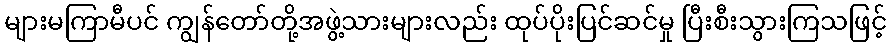
များမကြာမီပင် ကျွန်တော်တို့အဖွဲ့သားများလည်း ထုပ်ပိုးပြင်ဆင်မှု ပြီးစီးသွားကြသဖြင့်